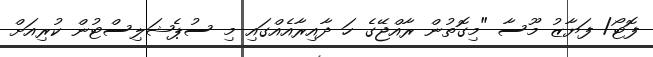
ފޮޓޯ/ ފަޔާޒު މޫސާ "މިގޮތުން ރާއްޖޭގެ ހަ ދާއިރާއެއްގައި މި ސުޕެޝަލިސްޓުން ކުރިއަށް